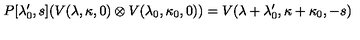
P [ \lambda _ { 0 } ^ { \prime } , s ] ( V ( \lambda , \kappa , 0 ) \otimes V ( \lambda _ { 0 } , \kappa _ { 0 } , 0 ) ) = { V } ( \lambda + \lambda _ { 0 } ^ { \prime } , \kappa + \kappa _ { 0 } , - s )